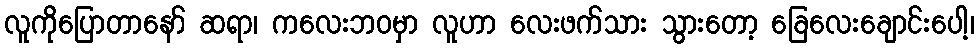
လူကိုပြောတာနော် ဆရာ၊ ကလေးဘဝမှာ လူဟာ လေးဖက်သား သွားတော့ ခြေလေးချောင်းပေါ့၊